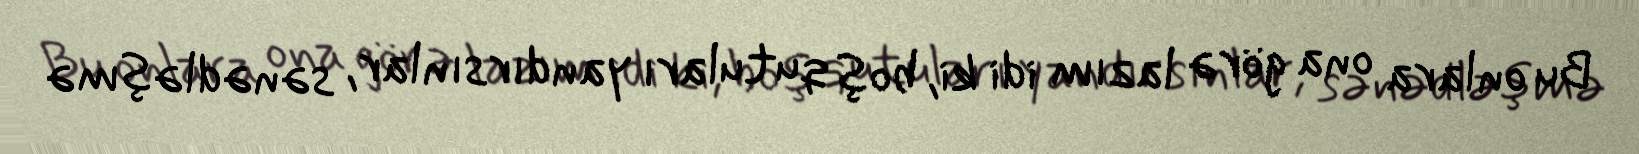
Bu onlara ona görə lazım idi ki, boş qutuları yandırsınlar, sənədləşmə